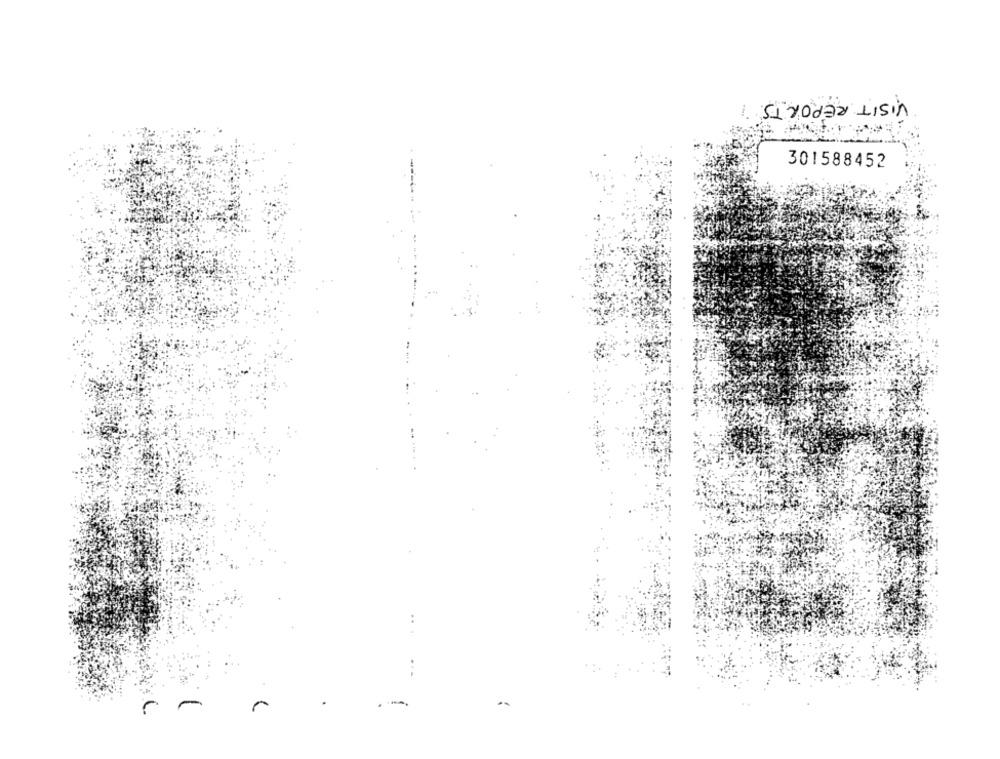
VISIT REPORTS
301588452
-